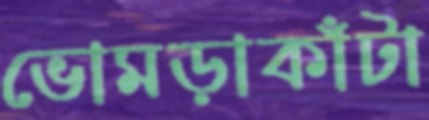
ভোমড়াকাঁটা